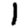
Digit: 1